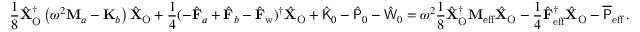
\frac { 1 } { 8 } \hat { \mathbf { X } } _ { \mathrm { O } } ^ { \dagger } \left( \omega ^ { 2 } \mathbf { M } _ { a } - \mathbf { K } _ { b } \right) \hat { \mathbf { X } } _ { \mathrm { O } } + \frac { 1 } { 4 } ( - \hat { \mathbf { F } } _ { a } + \hat { \mathbf { F } } _ { b } - \hat { \mathbf { F } } _ { \mathrm { w } } ) ^ { \dagger } \hat { \mathbf { X } } _ { \mathrm { O } } + \hat { \mathsf { K } } _ { 0 } - \hat { \mathsf { P } } _ { 0 } - \hat { \mathsf { W } } _ { 0 } = \omega ^ { 2 } \frac { 1 } { 8 } \hat { \mathbf { X } } _ { \mathrm { O } } ^ { \dagger } \mathbf { M } _ { \mathrm { e f f } } \hat { \mathbf { X } } _ { \mathrm { O } } - \frac { 1 } { 4 } \hat { \mathbf { F } } _ { \mathrm { e f f } } ^ { \dagger } \hat { \mathbf { X } } _ { \mathrm { O } } - \overline { { \mathsf { P } } } _ { \mathrm { e f f } } \, .